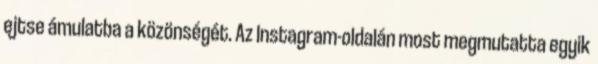
ejtse ámulatba a közönségét. Az Instagram-oldalán most megmutatta egyik